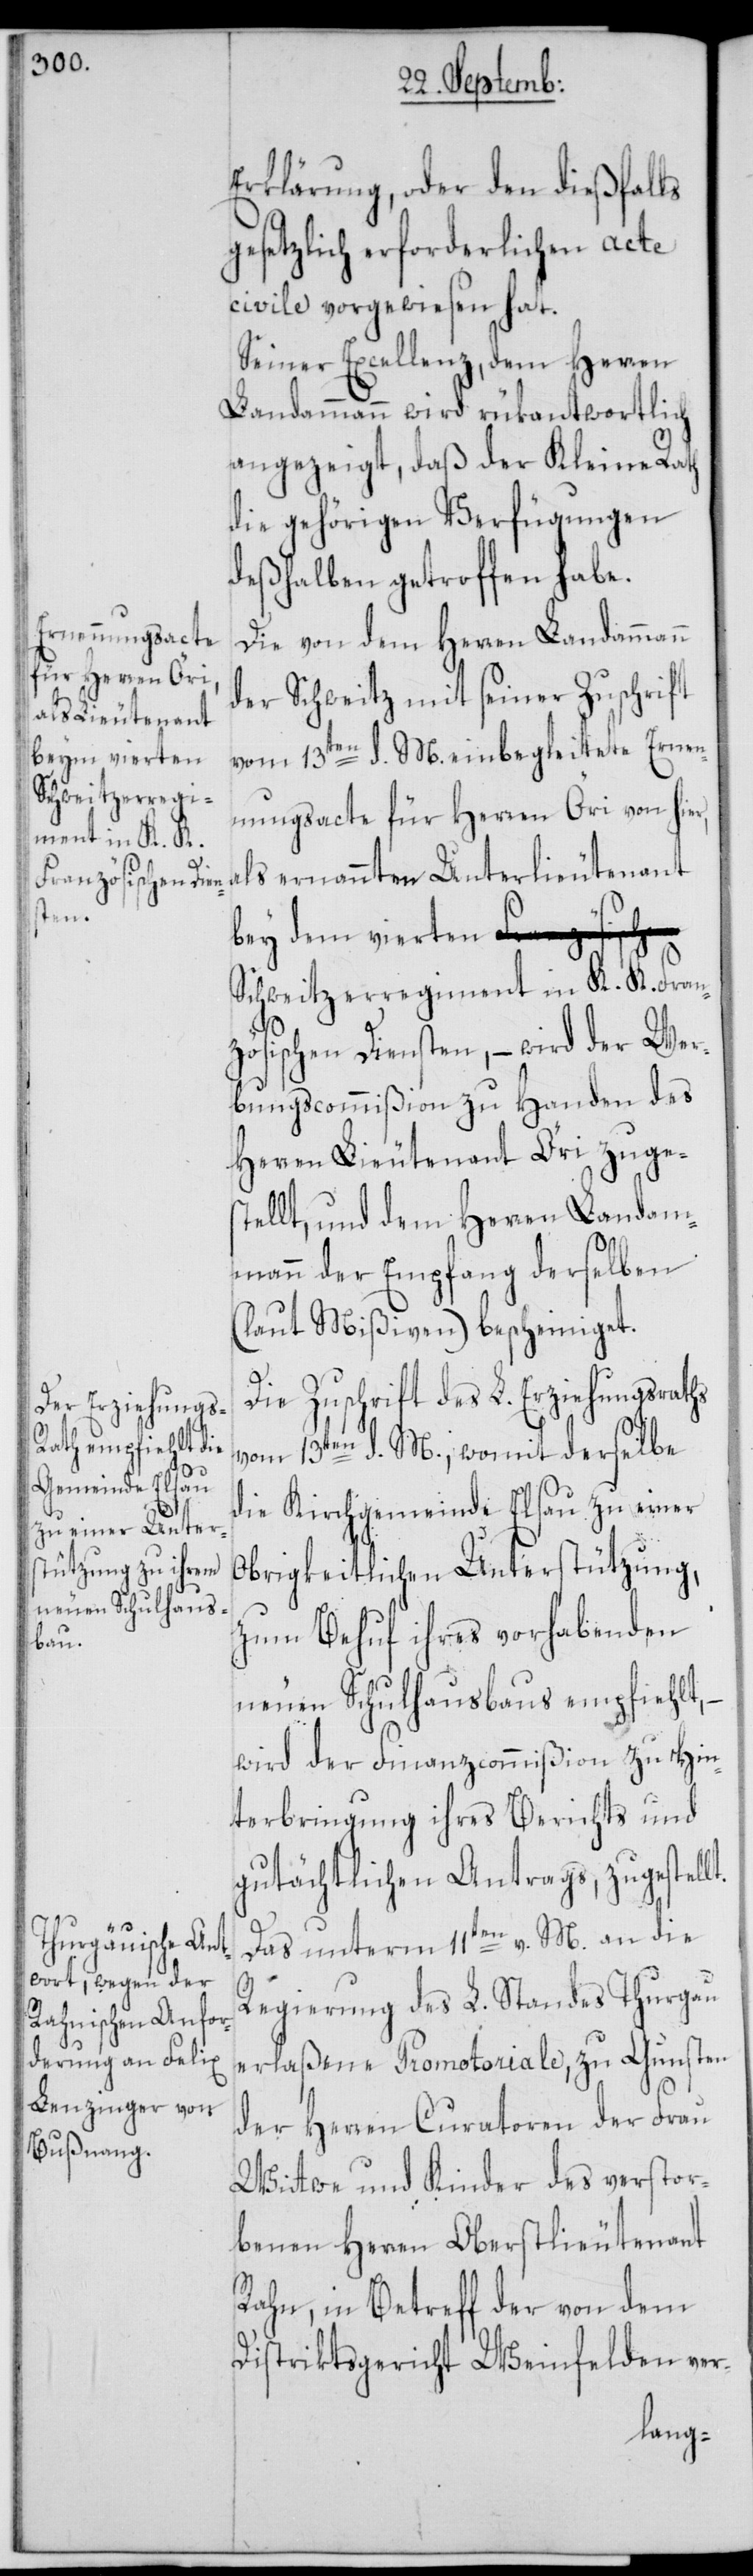
bey dem vierten
lt.

Erklärung, oder den dießfalls
gesetzlich erforderlichen acte
civile vorgewiesen hat.
Seiner Excellenz, dem Herren
Landammann wird rükantwortlich
angezeigt, daß der Kleine Rath
die gehörigen Verfügungen
deßhalben getroffen habe.
Die von dem Herren Landammann
der Schweitz mit seiner Zuschrift
vom 13ten d. M. einbegleitete Ernen¬
nungsacte für Herren Öri von hier,
als ernannten Unterlieutenant
Schweitzerregiment in K. K. Fran¬
zösischen Diensten, – wird der Wer¬
bungscommißion zu Handen des
Herren Lieutenant Öri zuges¬
tellt, und dem Herren Landam¬
mann der Empfang derselben
(laut Mißiven) bescheiniget.
Die Zuschrift des L. Erziehungsraths
vom 13ten d. M., womit derselbe
die Kirchgemeinde Elsau zu einer
Obrigkeitlichen Unterstützung,
zum Behuf ihres vorhabenden
neuen Schulhausbaus empfiehlt,
wird der Finanzcommißion zu Hin¬
terbringung ihres Berichts und
gutächtlichen Antrags, zugestel¬
Das unterm 11ten v. M. an die
Regierung des L. Standes Thurgau
erlaßene Promotoriale, zu Gunsten
der Herren Curatoren der Frau
Wittwe und Kinder des verstor¬
benen Herren Oberstlieutenant
Rahn, in Betreff der von dem
Distriktsgericht Weinfelden ver-